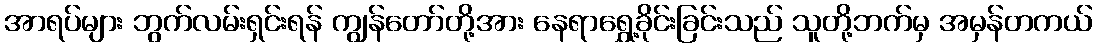
အာရပ်များ ဘွက်လမ်းရှင်းရန် ကျွန်တော်တို့အား နေရာရွှေ့ခိုင်းခြင်းသည် သူတို့ဘက်မှ အမှန်တကယ်